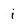
Character: i